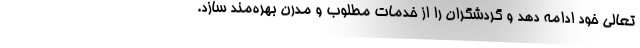
تعالی خود ادامه دهد و گردشگران را از خدمات مطلوب و مدرن بهره‌مند سازد.